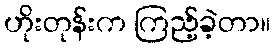
ဟိုးတုန်းက ကြည့်ခဲ့တာ။